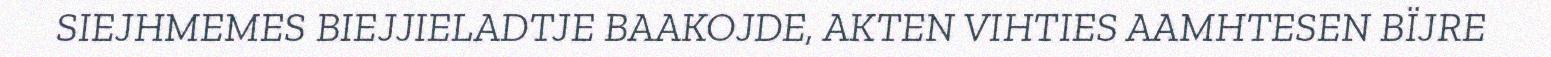
SIEJHMEMES BIEJJIELADTJE BAAKOJDE, AKTEN VIHTIES AAMHTESEN BÏJRE